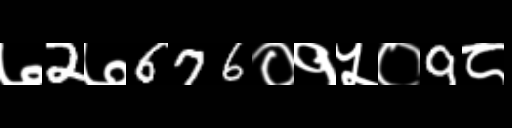
Text: ७2७676०१५०9८